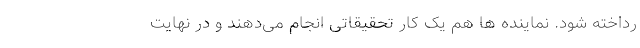
رداخته شود. نماینده ها هم یک کار تحقیقاتی انجام می‌دهند و در نهایت